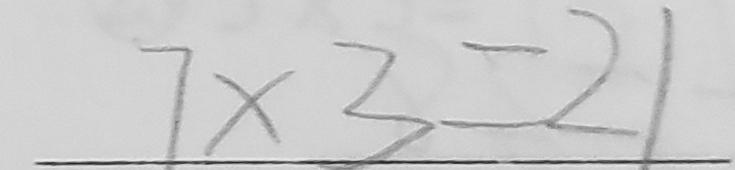
7 \times 3 = 2 1